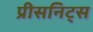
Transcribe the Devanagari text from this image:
प्रीसनिट्स